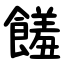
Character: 饈